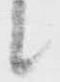
候